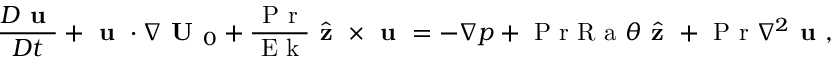
\frac { D \textbf { u } } { D t } + \textbf { u } \cdot \nabla \textbf { U } _ { 0 } + \frac { \textrm { P r } } { \textrm { E k } } \hat { \textbf { z } } \times \textbf { u } = - \nabla p + \textrm { P r R a } \theta \hat { \textbf { z } } + \mathrm { ~ P ~ r ~ } \nabla ^ { 2 } \textbf { u } ,